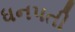
ધનપતી